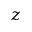
z